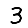
Digit: 3